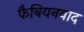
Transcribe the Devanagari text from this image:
फैबियनवाद